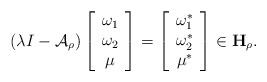
LaTeX: \begin{align*}\left( \lambda I-\mathcal{A}_{\rho }\right) \left[\begin{array}{c}\omega _{1} \\\omega _{2} \\\mu\end{array}\right] =\left[\begin{array}{c}\omega _{1}^{\ast } \\\omega _{2}^{\ast } \\\mu ^{\ast }\end{array}\right] \in \mathbf{H}_{\rho }. \end{align*}